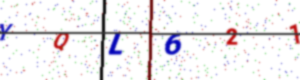
Text: YQL621